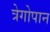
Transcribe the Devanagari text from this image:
त्रेगोपान